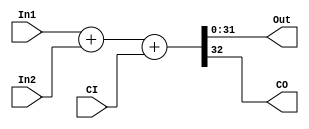
`timescale 1ns / 1ps
//////////////////////////////////////////////////////////////////////////////////
// Company: 
// 
// Design Name: 
// Module Name: FullAdder32
// Project Name: 
// Target Devices: 
// Tool Versions: 
// Description: 
// 
// Dependencies: 
// 
// Revision:
// Revision 0.01 - File Created
// Additional Comments:
// 
//////////////////////////////////////////////////////////////////////////////////

// RTL32
module FullAdder32 (
        input wire [31:0]   In1, 
        input wire [31:0]   In2, 
        input wire CI, 
        output wire [31:0]  Out,
        output wire CO
    );

    reg [32:0]  tmp;

    assign  Out = tmp[31:0];
    assign  CO  = tmp[32];

    always @(*) begin
        tmp = In1 + In2 + CI;
    end
    
endmodule